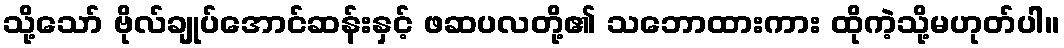
သို့သော် ဗိုလ်ချုပ်အောင်ဆန်းနှင့် ဖဆပလတို့၏ သဘောထားကား ထိုကဲ့သို့မဟုတ်ပါ။